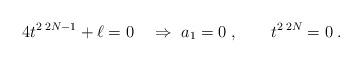
LaTeX: \begin{align*} 4t^{2\; 2N-1}+\ell=0\quad \Rightarrow \ a_1=0\;, \qquad t^{2\; 2N}=0\;.\end{align*}